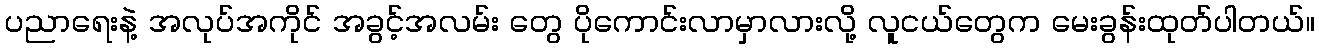
ပညာရေးနဲ့ အလုပ်အကိုင် အခွင့်အလမ်း တွေ ပိုကောင်းလာမှာလားလို့ လူငယ်တွေက မေးခွန်းထုတ်ပါတယ်။